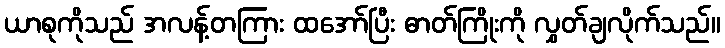
ယာစုကိုသည် အလန့်တကြား ထအော်ပြီး ဓာတ်ကြိုးကို လွှတ်ချလိုက်သည်။